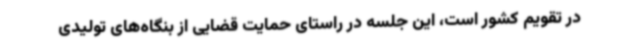
در تقویم کشور است، این جلسه در راستای حمایت قضایی از بنگاه‌های تولیدی